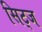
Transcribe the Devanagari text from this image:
सिट्ज